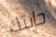
حانتك